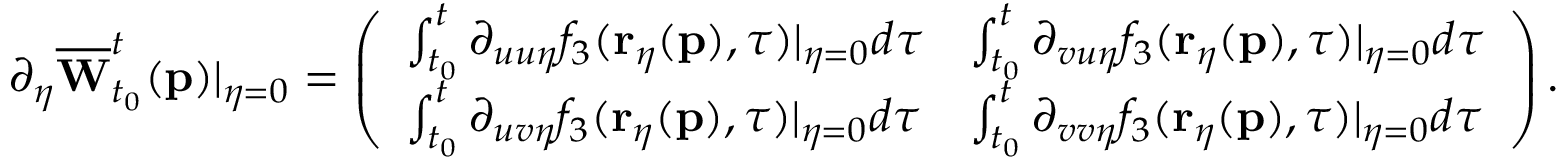
\partial _ { \eta } \overline { { \mathbf { W } } } _ { t _ { 0 } } ^ { t } ( \mathbf { p } ) \vert _ { \eta = 0 } = \left( \begin{array} { l l } { \int _ { t _ { 0 } } ^ { t } \partial _ { u u \eta } f _ { 3 } ( \mathbf { r } _ { \eta } ( \mathbf { p } ) , \tau ) \vert _ { \eta = 0 } d \tau } & { \int _ { t _ { 0 } } ^ { t } \partial _ { v u \eta } f _ { 3 } ( \mathbf { r } _ { \eta } ( \mathbf { p } ) , \tau ) \vert _ { \eta = 0 } d \tau } \\ { \int _ { t _ { 0 } } ^ { t } \partial _ { u v \eta } f _ { 3 } ( \mathbf { r } _ { \eta } ( \mathbf { p } ) , \tau ) \vert _ { \eta = 0 } d \tau } & { \int _ { t _ { 0 } } ^ { t } \partial _ { v v \eta } f _ { 3 } ( \mathbf { r } _ { \eta } ( \mathbf { p } ) , \tau ) \vert _ { \eta = 0 } d \tau } \end{array} \right) .